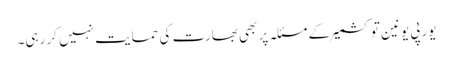
یورپی یونین تو کشمیر کے مسئلہ پر بھی بھارت کی حمایت نہیں کر رہی۔